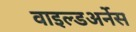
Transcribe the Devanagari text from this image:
वाइल्डअर्नेस